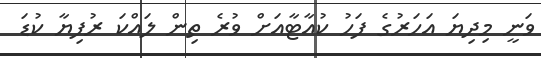
ވަނީ މިދިޔަ އަހަރުގެ ފަހު ކުއާޓާއަށް ވުރެ ތިން ލައްކަ ރުފިޔާ ކުޑަ